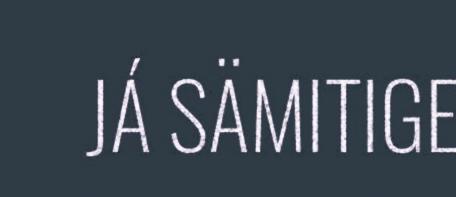
JÁ SÄMITIGE